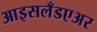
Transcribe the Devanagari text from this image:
आइसलँडएअर